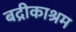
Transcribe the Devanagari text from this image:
बद्रीकाश्रम